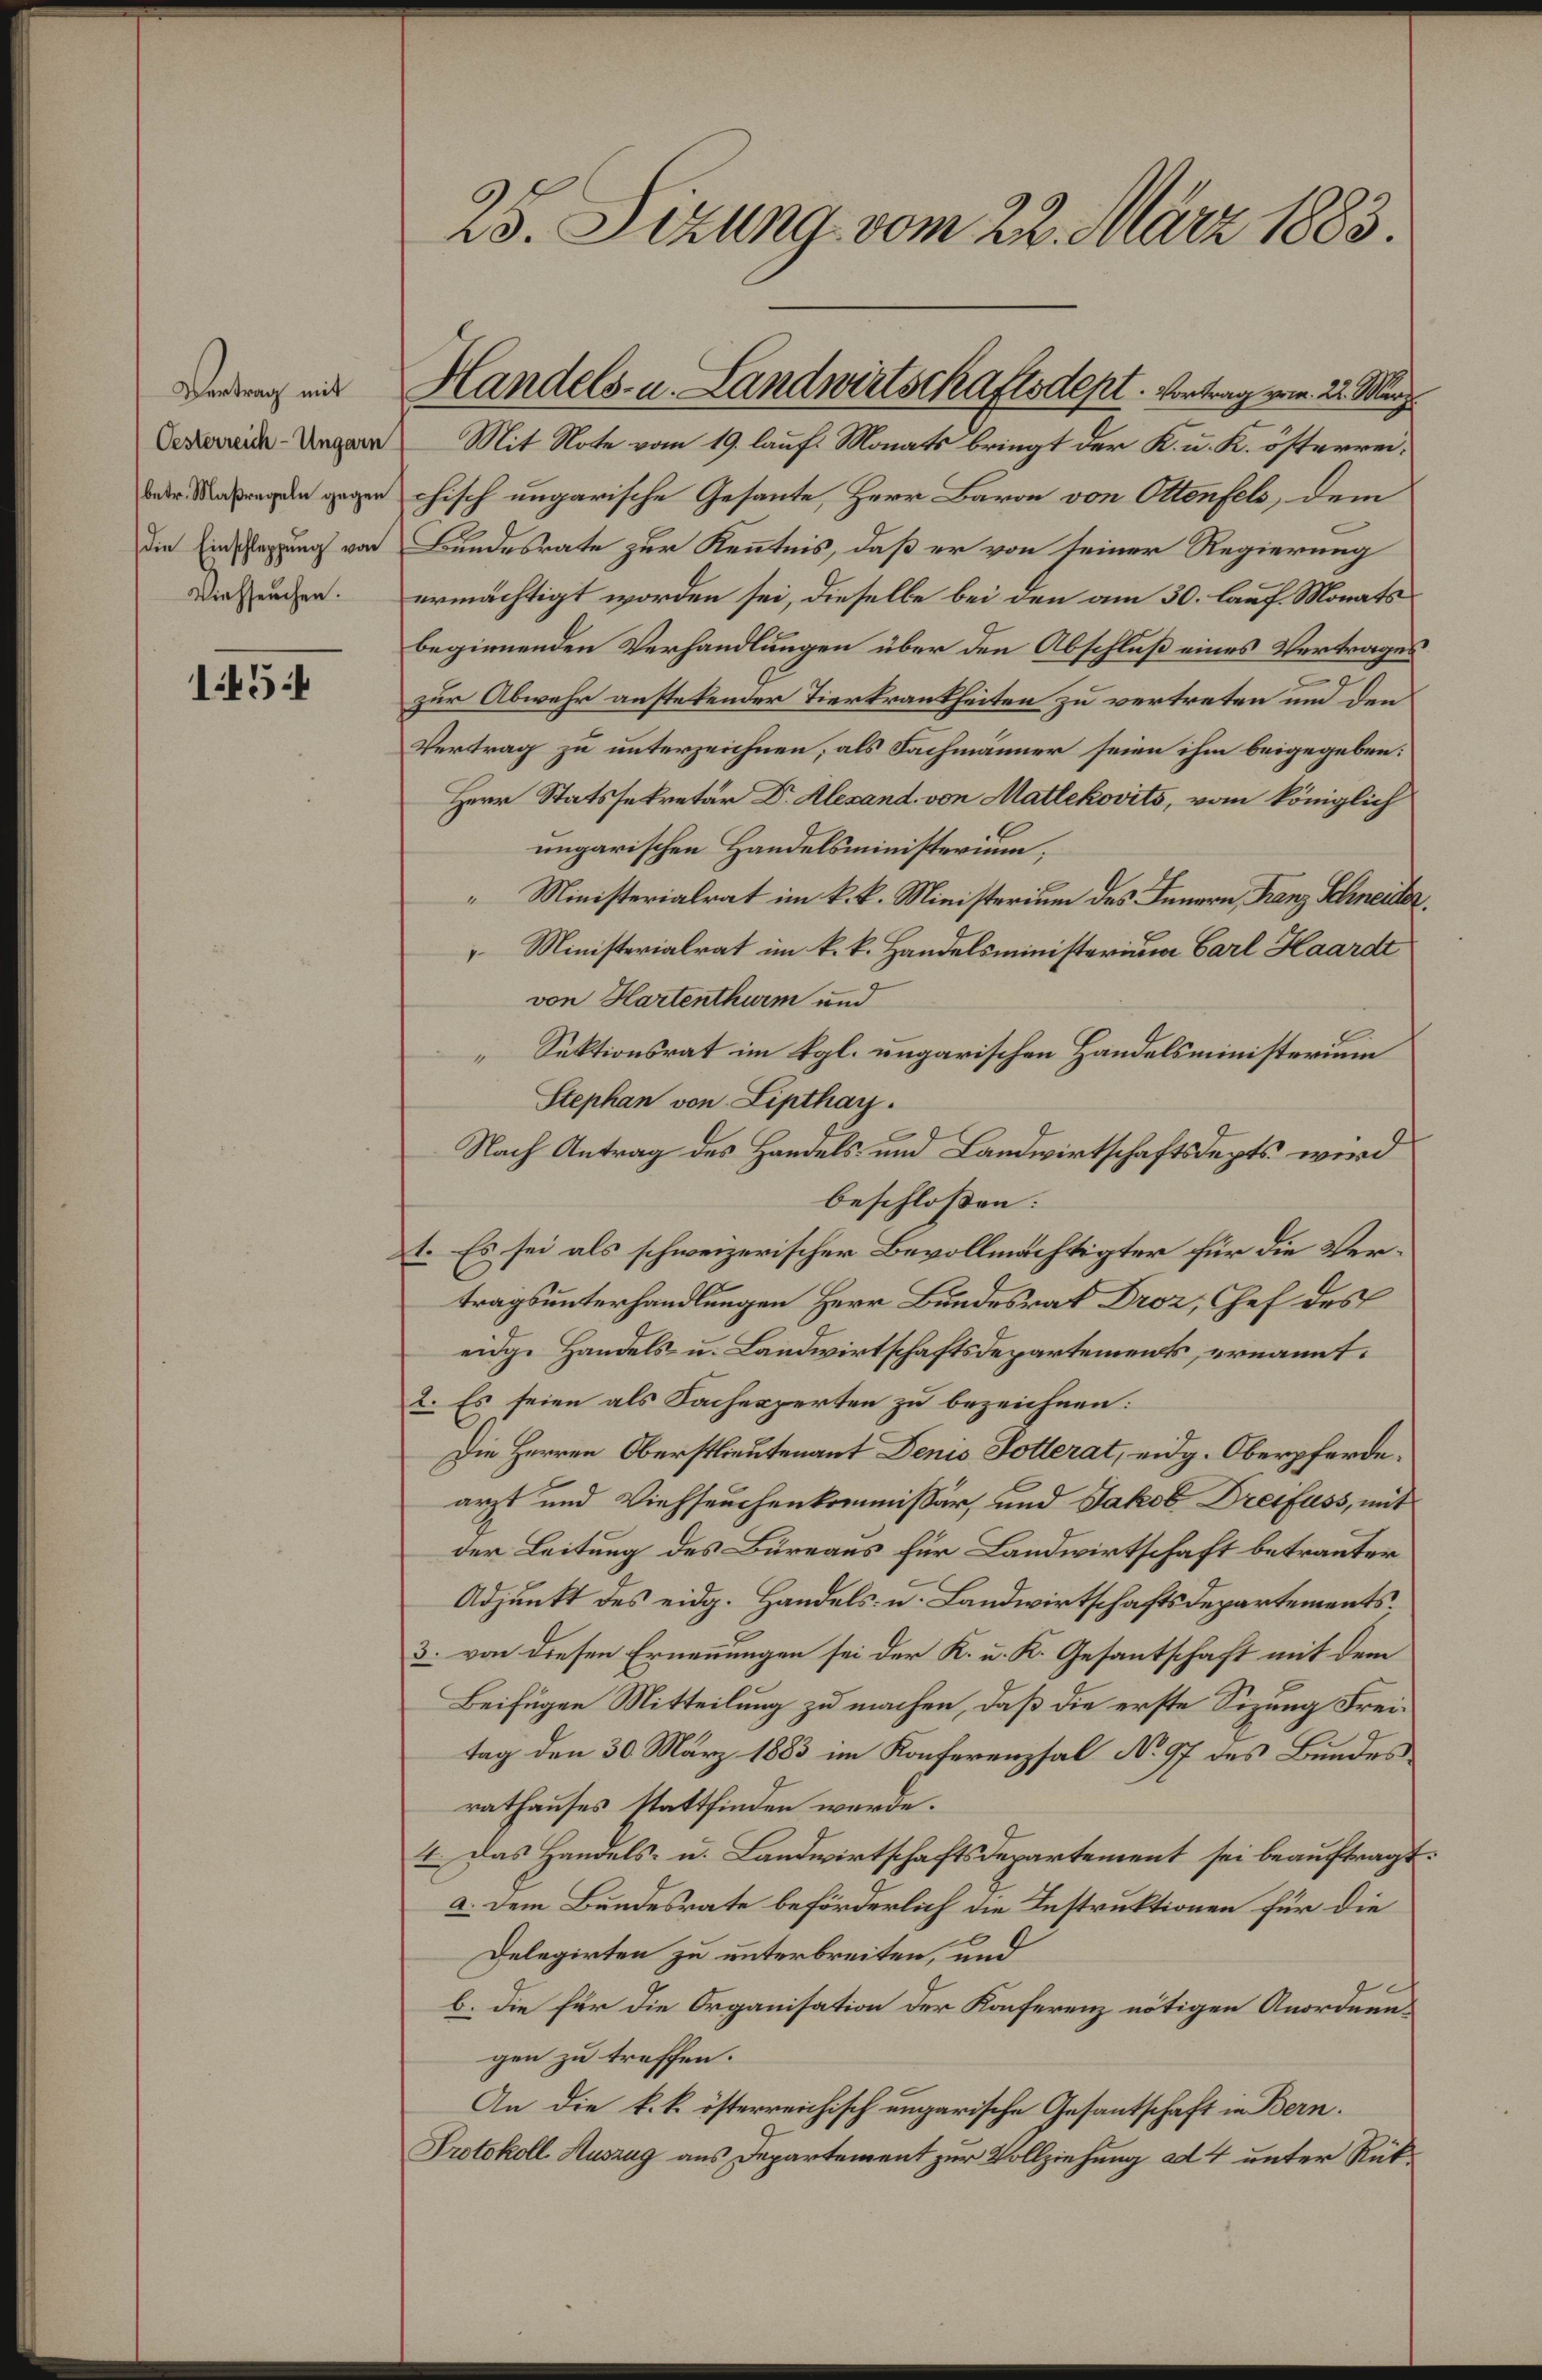
Vertrag mit
Oesterreich-Ungarn
betr. Maßregeln gegen
die Einschleppung von
Viehseuchen.

145.

25. Sizung vom 22. März 1883.

Handels- u. Landwirtschaftsdept. Vortrag vom 22. März

Mit Note vom 19. lauf. Monats bringt der K. u. K. österreichisch ungarische Gesante, Herr Baron von Ottenfels, dem
Bundesrate zur Kenntnis, daß er von seiner Regierung
ermächtigt worden sei, dieselbe bei den am 30. lauf. Monatsbeginnenden Verhandlungen über den Abschluß eines Vertrages
zur Abwehr anstetender Tierkrankheiten zu vertreten und den
Vertrag zu unterzeichnen, als Fachmänner seien ihm beigegeben:
Herr Statssekretär Dr. Alesand von Matlekovits, vom königlich
ungarischen Handelsministerium;
 Ministerialrat im k. k. Ministerium des Innern, Franz Schneider,
 Ministerialrat im k. k. Handelsministerium Carl Haardt
von Hartenthurm und
Sektionsrat im Kgl. ungarischen Handelsministerium
Stephan von Lipthay.
Nach Antrag des Handels und Landwirtschaftsdepts wird
beschloßen:
1. Es sei als schweizerischer Bevollmächtigter für die Vertragsunterhandlungen Herr Bundesrat Droz, Chef des
eidge Handels- u. Landwirtschaftsdepartements, ernannt.
2. Es seien als Fachexperten zu bezeichnen:
Die Herren Oberstlieutenant Denis Dotterat, eidg. Oberpferdearzt und Viehseuchenkommissär, und Jakob Dreifuss, mit
der Leitung des Büreaus für Landwirtschaft betrauter
Adjunkt des eidg. Handels- u. Landwirtschaftsdepartements
3. von diesen Ernennungen sei der K. u. K. Gesantschaft mit dem
Beifügen Mitteilung zu machen, daß die erste Sizung Freitag den 30. März 1883 im Konferenzsal No 97 des Bundes
rathauses stattfinden werde.
4. Das Handels- u. Landwirtschaftsdepartement sei beauftragt.
a. Dem Bundesrate beförderlich die Instruktionen für die
Delegirten zu unterbreiten, und
b. die für die Organisation der Konferenz nötigen Anordnengen zu treffen.
An die k. k. österreichisch ungarische Gesantschaft in Bern.
Protokoll. Auszug aus Departement zur Vollziehung ad 4 unter Rük¬